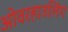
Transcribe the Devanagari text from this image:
ओवरहाउलिंग